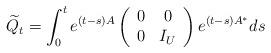
LaTeX: \begin{gather*} \widetilde Q_t = \int_{0}^{t}e^{\left( t-s\right) A} \left(\begin{array}[c]{cc}0 & 0\\0 & I_U\end{array}\right) e^{\left( t-s\right) A^*} ds \end{gather*}